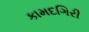
કામદગિરી